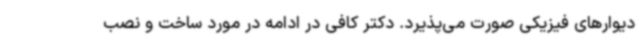
دیوارهای فیزیکی صورت می‌پذیرد. دکتر کافی در ادامه در مورد ساخت و نصب